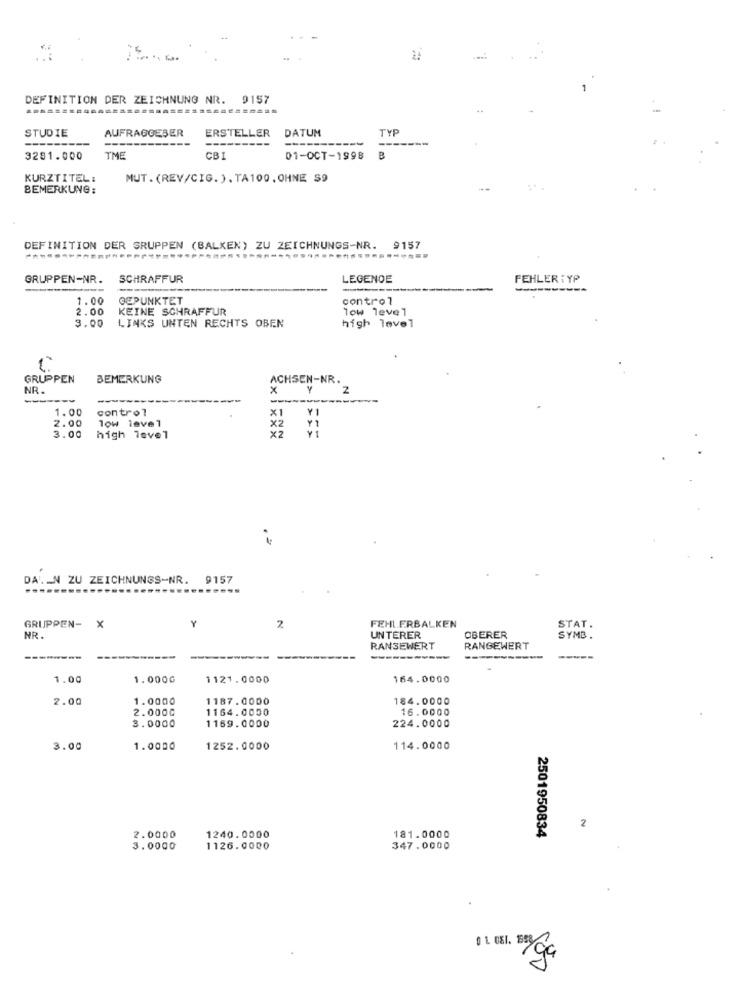
DEFINITION DER ZEICHNUNG NR. 9157
-
STUDIE
AUFRAGGEBER
ERSTELLER
DATUM
TYP
---
3281.000
TME
CBI
01-OCT-1998
B
KURZTITEL:
MUT.(REV/CIG. ).TA100, OHNE S9
BEMERKUNG:
DEFINITION DER GRUPPEN (BALKEN) ZU ZEICHNUNGS-NR. 9157
-----
GRUPPEN-NR.
SCHRAFFUR
LEGENOE
FEHLER : YP
1.00
GEPUNKTET
control
2.00
KEINE SCHRAFFUR
low level
3.00
LINKS UNTEN RECHTS OBEN
high level
GRUPPEN
BEMERKUNG
NR.
ACHSEN-NR . 2
------
1.00
control
2.00
low level
×2
3.00
high level
DA _N ZU ZEICHNUNGS-NR.
9157
Y
FEHLERBALKEN
GRUPPEN- X
2
STAT.
NR.
UNTERER
OBERER
SYMB .
RANSEWERT
RANGEWERT
--------
-----------
-----
1.00
1.000G
1121.0000
164.0000
2.00
1.0000
1187.0000
184.0000
2.0000
1164.0000
16.0000
3.0000
1169.0000
224.0000
3.00
1.0000
1252.0000
114.0000
2
2.0000
1240.0000
181.0000
2501950834
3.0000
1126.0000
347.0000
100